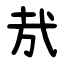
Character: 㢤